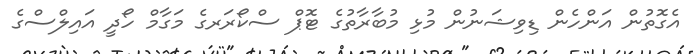
އެގޮތުން އަންހެން ޑިވިޝަނުން މުޅި މުބާރާތުގެ ޓޮޕް ސްކޯރަރގެ މަގާމް ހޯދީ އައިލްސްގެ